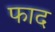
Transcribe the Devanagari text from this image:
फाद